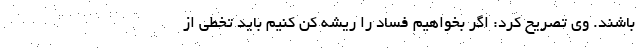
باشند. وی تصریح کرد: اگر بخواهیم فساد را ریشه­ کن کنیم باید تخطی از